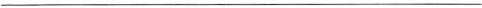
___